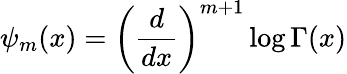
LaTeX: \psi_{m}(x)=\left(\frac{d}{dx}\right)^{m+1}\log\Gamma(x)